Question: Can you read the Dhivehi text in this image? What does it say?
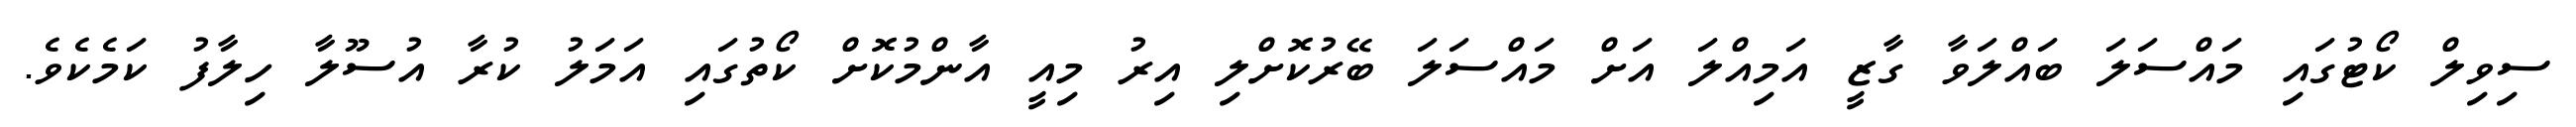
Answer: ސިވިލް ކޯޓުގައި މައްސަލަ ބައްލަވާ ގާޒީ އަމިއްލަ އަށް މައްސަލަ ބޭރުކޮށްލި އިރު މިއީ އާންމުކޮށް ކޯތުގައި އަމަލު ކުރާ އުސޫލާ ހިލާފު ކަމެކެވެ.